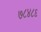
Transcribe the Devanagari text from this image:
७८४८६